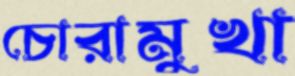
চোরামুখা